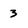
Character: 3